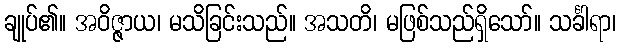
ချုပ်၏။ အဝိဇ္ဇာယ၊ မသိခြင်းသည်။ အသတိ၊ မဖြစ်သည်ရှိသော်။ သင်္ခါရာ၊